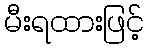
မီးရထားဖြင့်